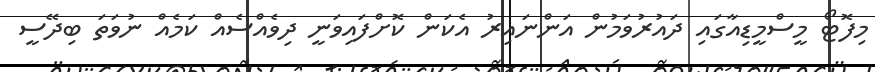
މިފޮޓޯ މީސްމީޑިއާގައި ދައުރުވަމުން އަންނައިރު އެކަން ކޮށްފައިވަނީ ދިވެއްސެއް ކަމެއް ނުވަތަ ބިދޭސީ